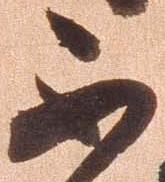
不